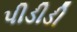
પીડીડી